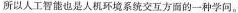
所以人工智能也是人机环境系统交互方面的一种学问。